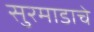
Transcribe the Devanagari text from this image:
सुरमाडाचे